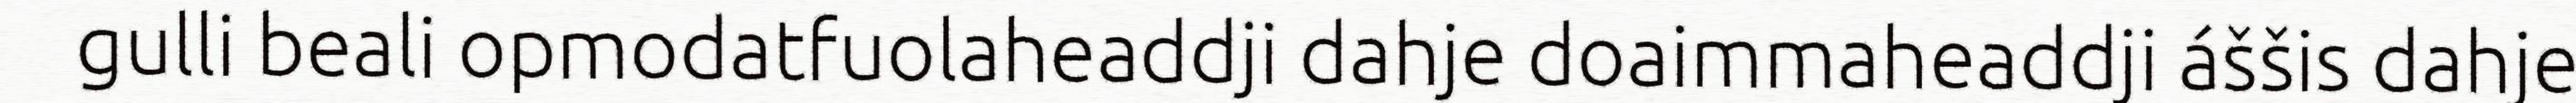
gulli beali opmodatfuolaheaddji dahje doaimmaheaddji áššis dahje